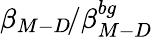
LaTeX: \beta_{M-D}\! /\beta_{M-D}^{bg}